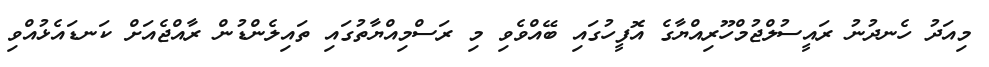
މިއަދު ހެނދުނު ރައީސުލްޖުމްހޫރިއްޔާގެ އޮފީހުގައި ބޭއްވެވި މި ރަސްމިއްޔާތުގައި ތައިލެންޑުން ރާއްޖެއަށް ކަނޑައެޅުއްވި